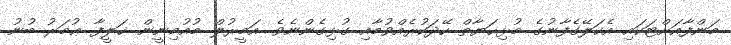
މަންފާއަށްޓަކައި އެކަލޭގެފާނުގެ މުޅިޙަޔާތް ހޭދަކުރެއްވުމާއި ގުޅިގެންނެވެ. އަމީރުލް މުއުމިނީން ޚަލީފާ ޢުމަރު ބުނު